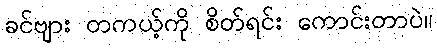
ခင်ဗျား တကယ့်ကို စိတ်ရင်း ကောင်းတာပဲ။